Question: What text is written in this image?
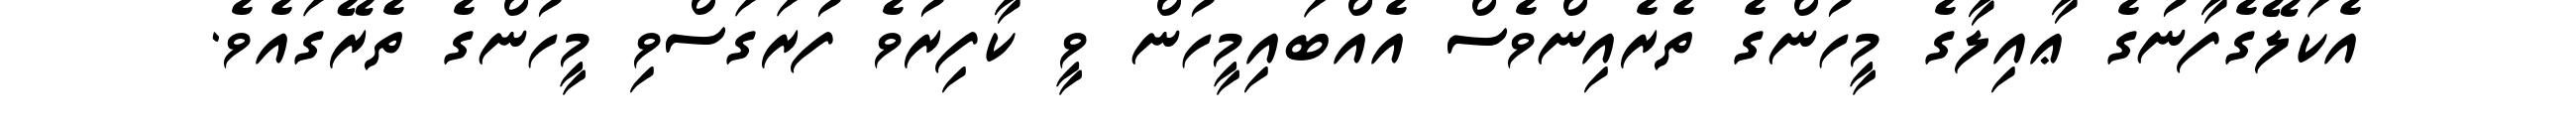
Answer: އެކަލޭގެފާނުގެ ޢާއިލާގެ މީހުންގެ ތެރެއިންވެސް އެއްބައިމީހުން ވީ ކާފިރުވެ ފުރަގަސްވި މީހުންގެ ތެރޭގައެވެ.